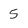
Character: 5